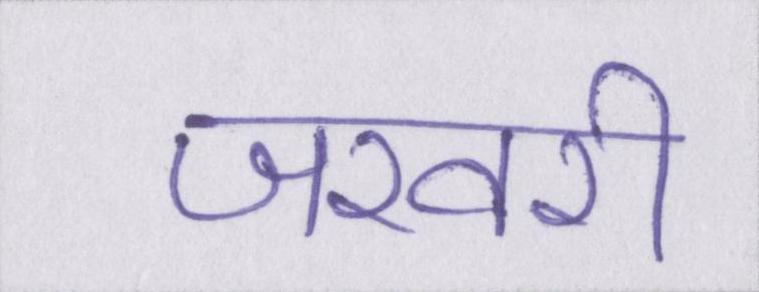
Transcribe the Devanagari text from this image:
जरवरी